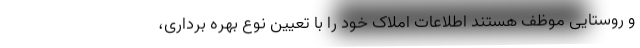
و روستایی موظف هستند اطلاعات املاک خود را با تعیین نوع بهره برداری،